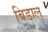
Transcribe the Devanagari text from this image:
बिडाल्